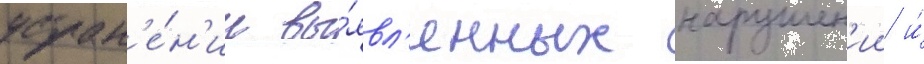
устран'е́н'ии вы́явл'енных нарушен'ии и́